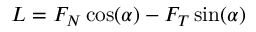
L = F _ { N } \cos ( \alpha ) - F _ { T } \sin ( \alpha )